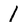
Character: 1